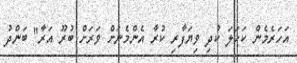
އަހަރެމެން ކަހަލަ ކުދި ވިޔަފާރި ކުރާ އެންމެނަށް ވަރަށް ބުރޫ އަރާ" ބަންދު